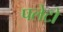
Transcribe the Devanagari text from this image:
पलेटो